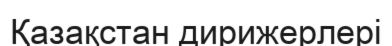
Қазақстан дирижерлері